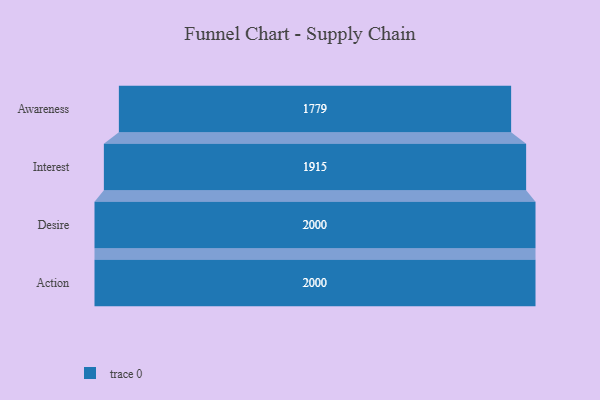
{"axis": {"x": "Stage", "y": "Value"}, "legend": [""], "data": [{"x": "Awareness", "y": 1779.0, "type": ""}, {"x": "Interest", "y": 1915.0, "type": ""}, {"x": "Desire", "y": 2000, "type": ""}, {"x": "Action", "y": 2000, "type": ""}]}